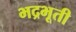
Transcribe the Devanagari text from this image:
भद्रभूती